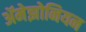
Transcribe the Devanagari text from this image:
ॲमेझोनियन